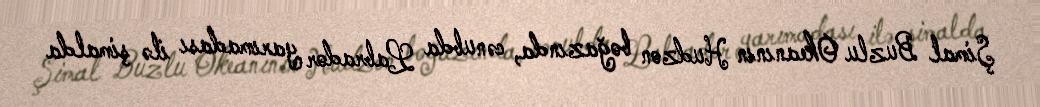
Şimal Buzlu Okeanının Hudzon boğazında, cənubda Labrador yarımadası ilə şimalda